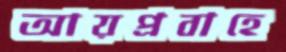
আয়প্রবাহে